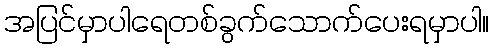
အပြင်မှာပါရေတစ်ခွက်သောက်ပေးရမှာပါ။